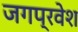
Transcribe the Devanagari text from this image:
जगप्रवेश